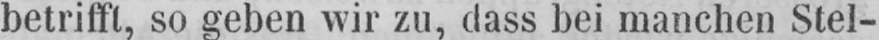
betrifft, so geben wir zu, dass bei manchen Stel-